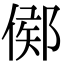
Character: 鄇